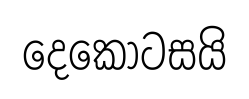
දෙකොටසයි